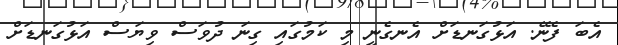
އެބަ ފެނޭ. އަޅުގަނޑަށް އެނގެނީ މި ކަމުގައި ގިނަ ދުވަސް ވިޔަސް އަޅުގަނޑަށް